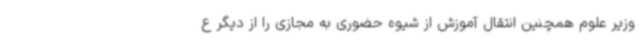
وزیر علوم همچنین انتقال آموزش از شیوه حضوری به مجازی را از دیگر ع